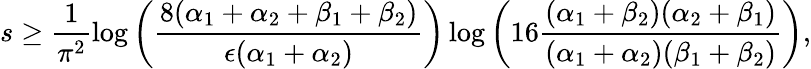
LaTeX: s\geq\frac{1}{\pi^{2}}\log\left(\frac{8(\alpha_{1}+\alpha_{2}+\beta_{1}+\beta_{2})}{\epsilon(\alpha_{1}+\alpha_{2})}\right)\log\left(16\frac{(\alpha_{1}+\beta_{2})(\alpha_{2}+\beta_{1})}{(\alpha_{1}+\alpha_{2})(\beta_{1}+\beta_{2})}\right),